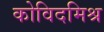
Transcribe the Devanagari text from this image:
कोविदमिश्र